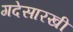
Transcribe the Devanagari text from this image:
गदेसारखी